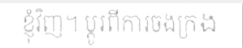
ខ្ញុំវិញ។ ប្តូរពីការចងក្រង